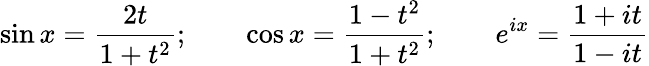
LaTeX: \sin x={\frac{2t}{1+t^{2}}};\qquad\cos x={\frac{1-t^{2}}{1+t^{2}}};\qquad e^{ix}={\frac{1+it}{1-it}}